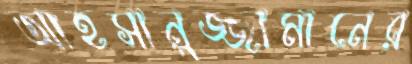
আহসানুজ্জামানের